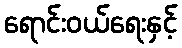
ရောင်းဝယ်ရေးနှင့်